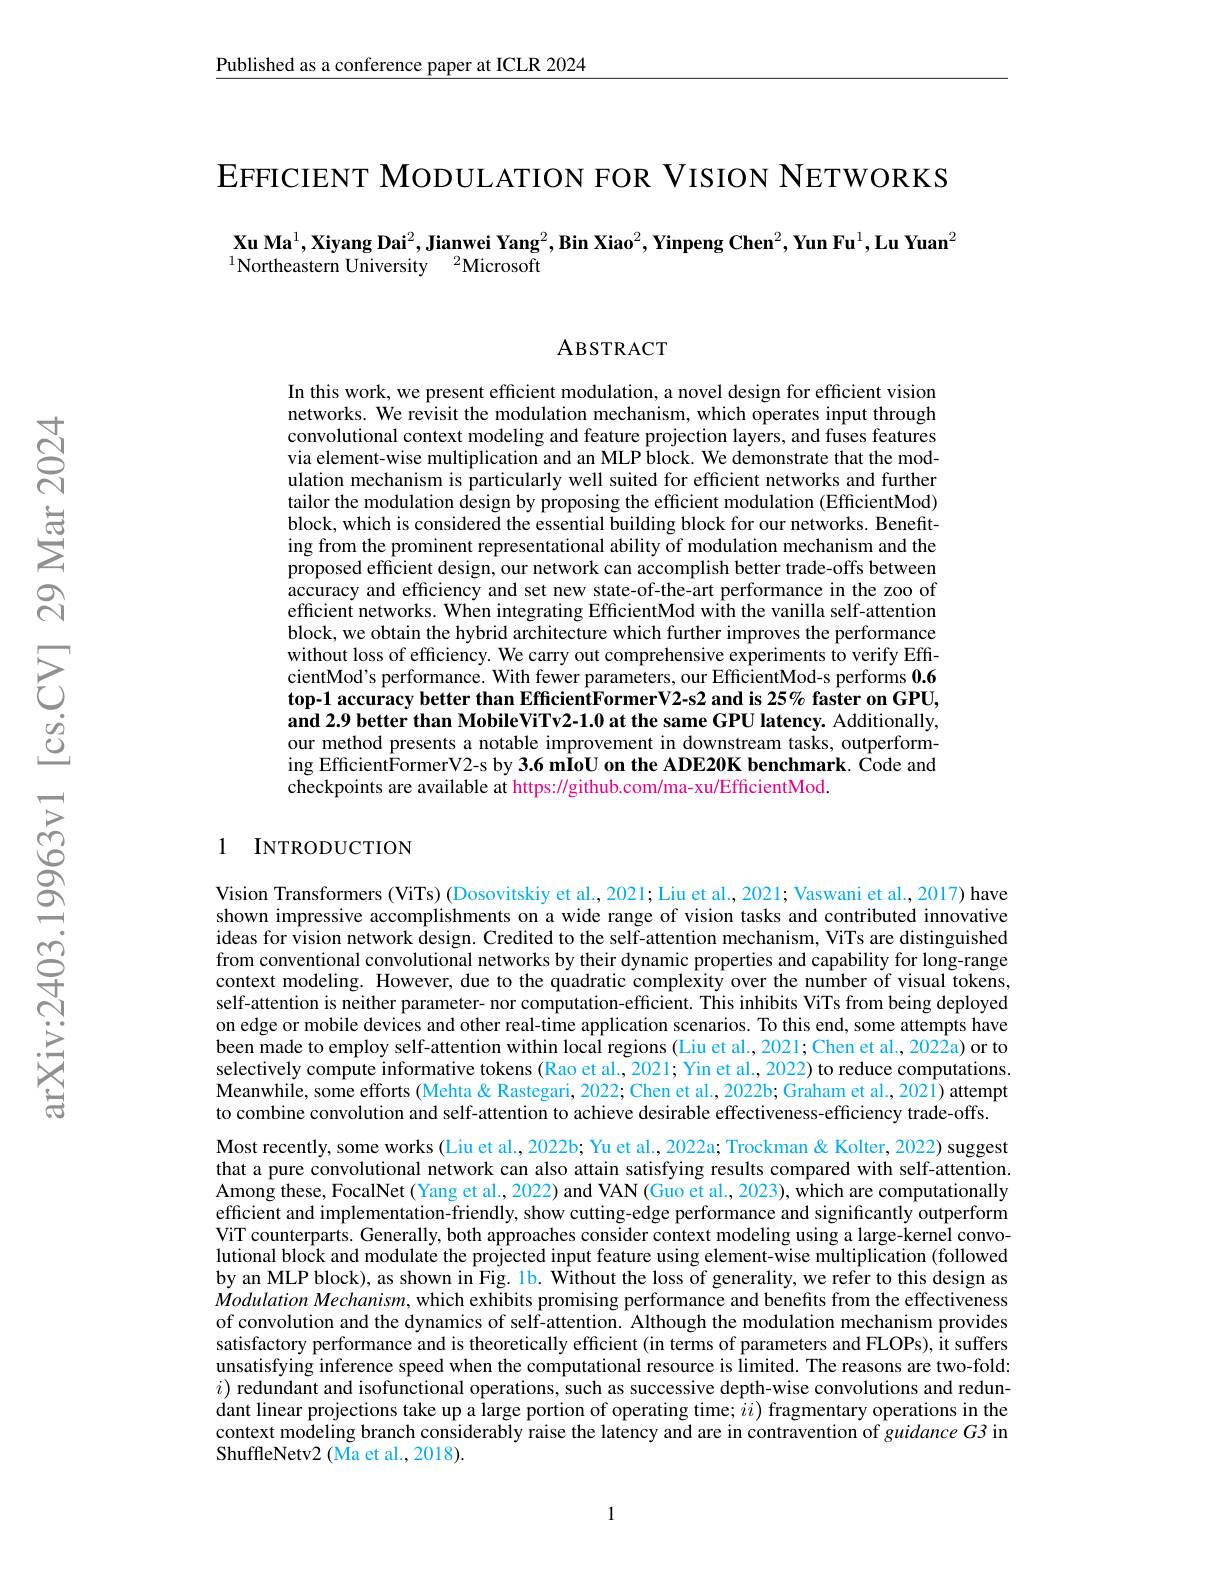
$\underline{\text{Published as a conference paper at ICLR 2024}}$

EFFICIENT MODULATION FOR VISION NETWORKS

## $\textbf{Xu Ma}^1,\textbf{Xiyang Dai}^2,\textbf{Jianwei Yang}^2,\textbf{Bin Xiao}^2,\textbf{Yinpeng Chen}^2,\textbf{Yun Fu}^1,\textbf{Lu Yuan}^2$ $^{1}$Northeastern University$^2$Microsoft

ABSTRACT

In this work, we present efficient modulation, a novel design for efficient vision networks. We revisit the modulation mechanism, which operates input through convolutional context modeling and feature projection layers, and fuses features via element-wise multiplication and an MLP block. We demonstrate that the modulation mechanism is particularly well suited for efficient networks and further tailor the modulation design by proposing the efficient modulation (EfficientMod) block, which is considered the essential building block for our networks. Benefiting from the prominent representational ability of modulation mechanism and the proposed efficient design, our network can accomplish better trade-offs between accuracy and efficiency and set new state-of-the-art performance in the zoo of efficient networks. When integrating EfficientMod with the vanilla self-attention block, we obtain the hybrid architecture which further improves the performance without loss of efficiency. We carry out comprehensive experiments to verify EffcientMod's performance. With fewer parameters, our EfficientMod-s performs 0.6 $\hat{\textbf{top-1 accuracy better than EfficientFormerV2-s2 and is 25\% faster on GPU,}}$ and 2.9 better than MobileViTv2-1.0 at the same GPU latency. Additionally, our method presents a notable improvement in downstream tasks, outperforming Efficient$\hat\text{FormerV2-s by 3.6 mÎoU on the ADE20K benchmark. Code and}$ checkpoints are available at https://github.com/ma-xu/EfficientMod.

### 1 INTRODUCTION

Vision Transformers (ViTs) (Dosovitskiy et al., 2021; Liu et al., 2021; Vaswani et al., 2017) have shown impressive accomplishments on a wide range of vision tasks and contributed innovative ideas for vision network design. Credited to the self-attention mechanism, ViTs are distinguished from conventional convolutional networks by their dynamic properties and capability for long-range context modeling. However, due to the quadratic complexity over the number of visual tokens, self-attention is neither parameter- nor computation-efficient. This inhibits ViTs from being deployed on edge or mobile devices and other real-time application scenarios. To this end, some attempts have been made to employ self-attention within local regions (Liu et al., 2021; Chen et al., 20222a) or to selectively compute informative tokens (Rao et al., 2021; Yin et al., 2022) to reduce computations. Meanwhile, some efforts (Mehta& Rastegari, 2022; Chen et al., 2022b; Graham et al., 2021) attempt to combine convolution and self-attention to achieve desirable effectiveness-efficiency trade-offs.
Most recently, some works (Liu et al., 2022b; Yu et al., 2022a; Trockman & Kolter, 2022) suggest that a pure convolutional network can also attain satisfying results compared with self-attention. $\hat{\text{Among these, FocalNet(Yang et al., 2022) and VAN(Guo et al., 2023), which are computationally}}$ efficient and implementation-friendly, show cutting-edge performance and significantly outperform ViT counterparts. Generally, both approaches consider context modeling using a large-kernel convolutional block and modulate the projected input feature using element-wise multiplication (followed by an MLP block), as shown in Fig. 1b. Without the loss of generality, we refer to this design as Modulation Mechanism, which exhibits promising performance and benefits from the effectiveness of convolution and the dynamics of self-attention. Although the modulation mechanism provides satisfactory performance and is theoretically efficient (in terms of parameters and FLOPs), it suffers unsatisfying inference speed when the computational resource is limited. The reasons are two-fold: $i)$ redundant and isofunctional operations, such as successive depth-wise convolutions and redundant linear projections take up a large portion of operating time; $ii)$ fragmentary operations in the context modeling branch considerably raise the latency and are in contravention of guidance G3 in ShuffleNetv2 (Ma et al., 2018).

1